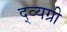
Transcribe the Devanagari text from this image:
द्व्यग्री